Punjab Mental Hospital Lahore 1922-31 - 1922-1931
Year: 1922
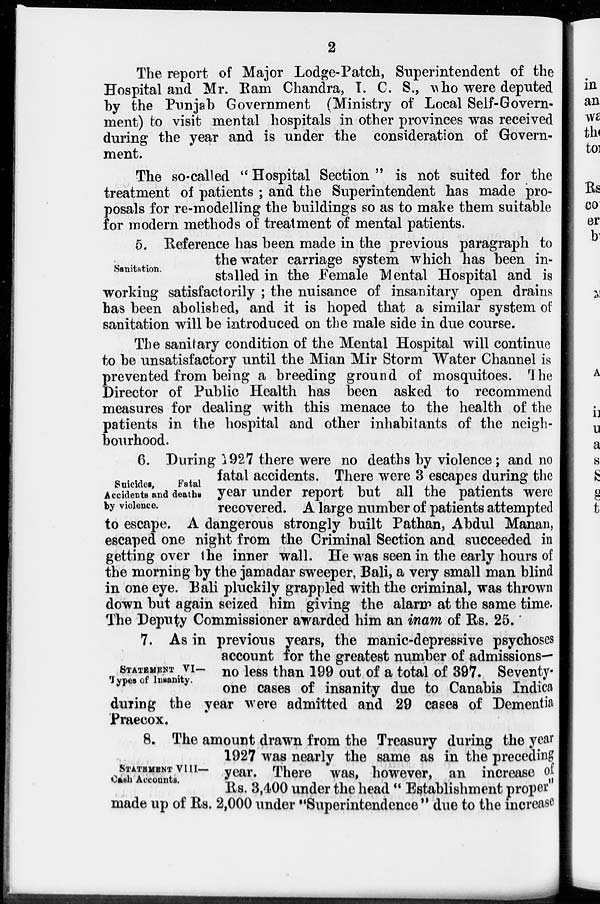
2
The report of Major Lodge-Patch, Superintendent of the
Hospital and Mr. Ram Chandra, I. C. S., who were deputed
by the Punjab Government (Ministry of Local Self-Govern-
ment) to visit mental hospitals in other provinces was received
during the year and is under the consideration of Govern-
ment.
The so-called " Hospital Section " is not suited for the
treatment of patients ; and the Superintendent has made pro-
posals for re-modelling the buildings so as to make them suitable
for modern methods of treatment of mental patients.
Sanitation.
5. Reference has been made in the previous paragraph to
the water carriage system which has been in-
stalled in the Female Mental Hospital and is
working satisfactorily ; the nuisance of insanitary open drains
has been abolished, and it is hoped that a similar system of
sanitation will be introduced on the male side in due course.
The sanitary condition of the Mental Hospital will continue
to be unsatisfactory until the Mian Mir Storm Water Channel is
prevented from being a breeding ground of mosquitoes. The
Director of Public Health has been asked to recommend
measures for dealing with this menace to the health of the
patients in the hospital and other inhabitants of the neigh-
bourhood.
Suicides,
Fatal
Accidents and deaths
by violence.
6. During 1927 there were no deaths by violence; and no
fatal accidents. There were 3 escapes during the
year under report but all the patients were
recovered. A large number of patients attempted
to escape. A dangerous strongly built Pathan, Abdul Manan,
escaped one night from the Criminal Section and succeeded in
getting over the inner wall. He was seen in the early hours of
the morning by the jamadar sweeper, Bali, a very small man blind
in one eye. Bali pluckily grappled with the criminal, was thrown
down but again seized him giving the alarm at the same time.
The Deputy Commissioner awarded him an inam of Rs. 25.
STATEMENT VI—
Types of Insanity.
7. As in previous years, the manic-depressive psychoses
account for the greatest number of admissions-
no less than 199 out of a total of 397. Seventy-
one cases of insanity due to Canabis Indica
during the year were admitted and 29 cases of Dementia
Praecox.
STATEMENT VIII—
Cash Accounts.
8. The amount drawn from the Treasury during the year
1927 was nearly the same as in the preceding
year. There was, however, an increase of
Rs. 3,400 under the head " Establishment proper"
made up of Rs. 2,000 under "Superintendence " due to the increase